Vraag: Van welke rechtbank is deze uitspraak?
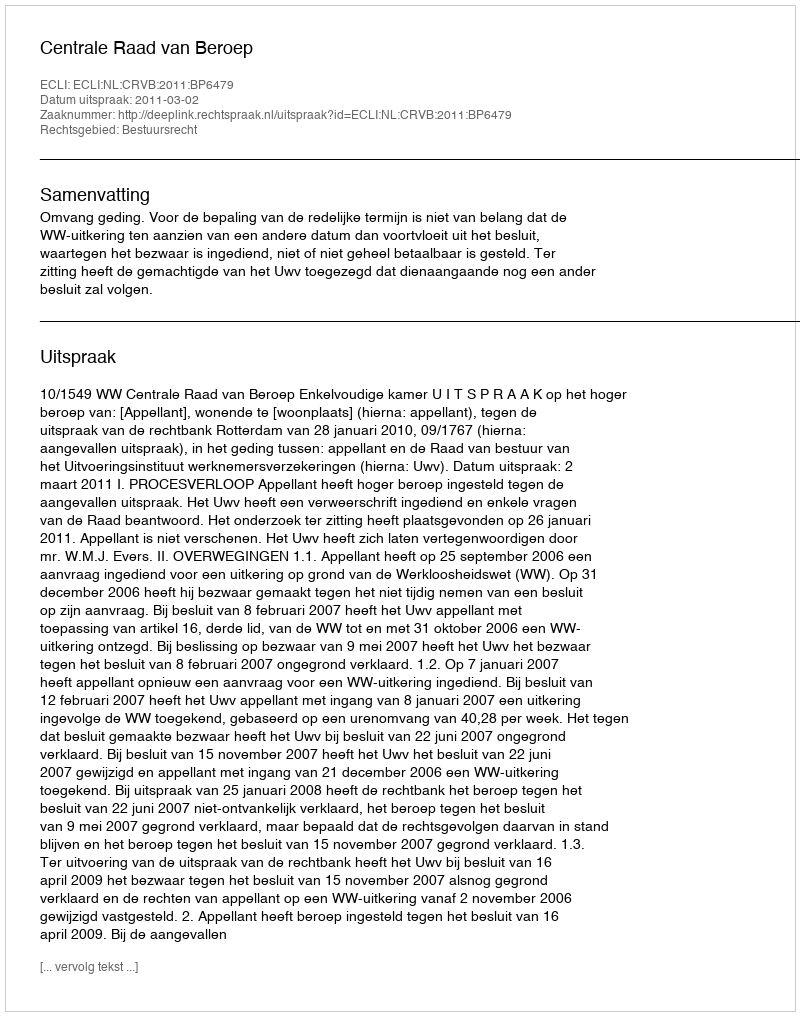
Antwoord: Centrale Raad van Beroep